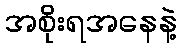
အစိုးရအနေနဲ့